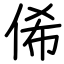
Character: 俙